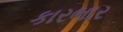
કારભાર